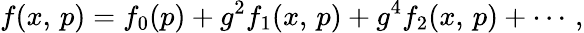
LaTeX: f(x,\, p)=f_{0}(p)+g^{2}f_{1}(x,\, p)+g^{4}f_{2}(x,\, p)+\cdots\, ,